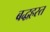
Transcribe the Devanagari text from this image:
बद्धहस्त